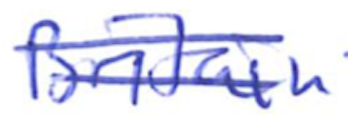
Text: Britain
Cross-out: double-line
Writing tool: ballpoint